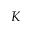
K